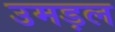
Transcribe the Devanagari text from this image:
उमड़ल